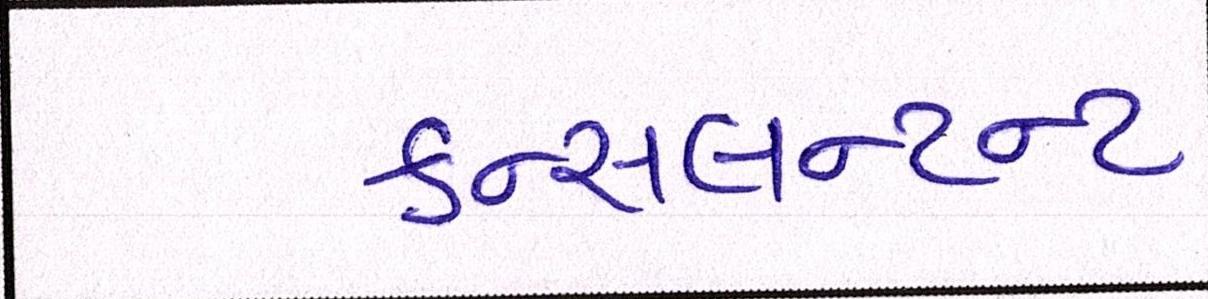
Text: કન્સલન્ટન્ટ